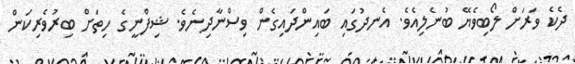
ދެކެ ވަރަށް ލޯބިވެޔޭ ބުނެލިއެވެ. އެނދުގައި ބައިންދައިގެން ވިސްނާދިނެވެ. ޝިފްނީގެ ހިތަށް ބިރުވެރިކަން